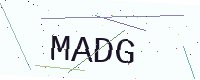
Text: MADG